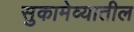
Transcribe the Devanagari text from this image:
सुकामेव्यातील